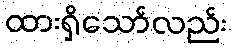
ထားရှိသော်လည်း